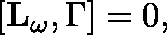
\lbrack \mathbf { L _ { \omega } } , \Gamma ] = 0 ,